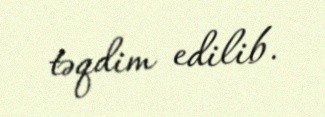
təqdim edilib.